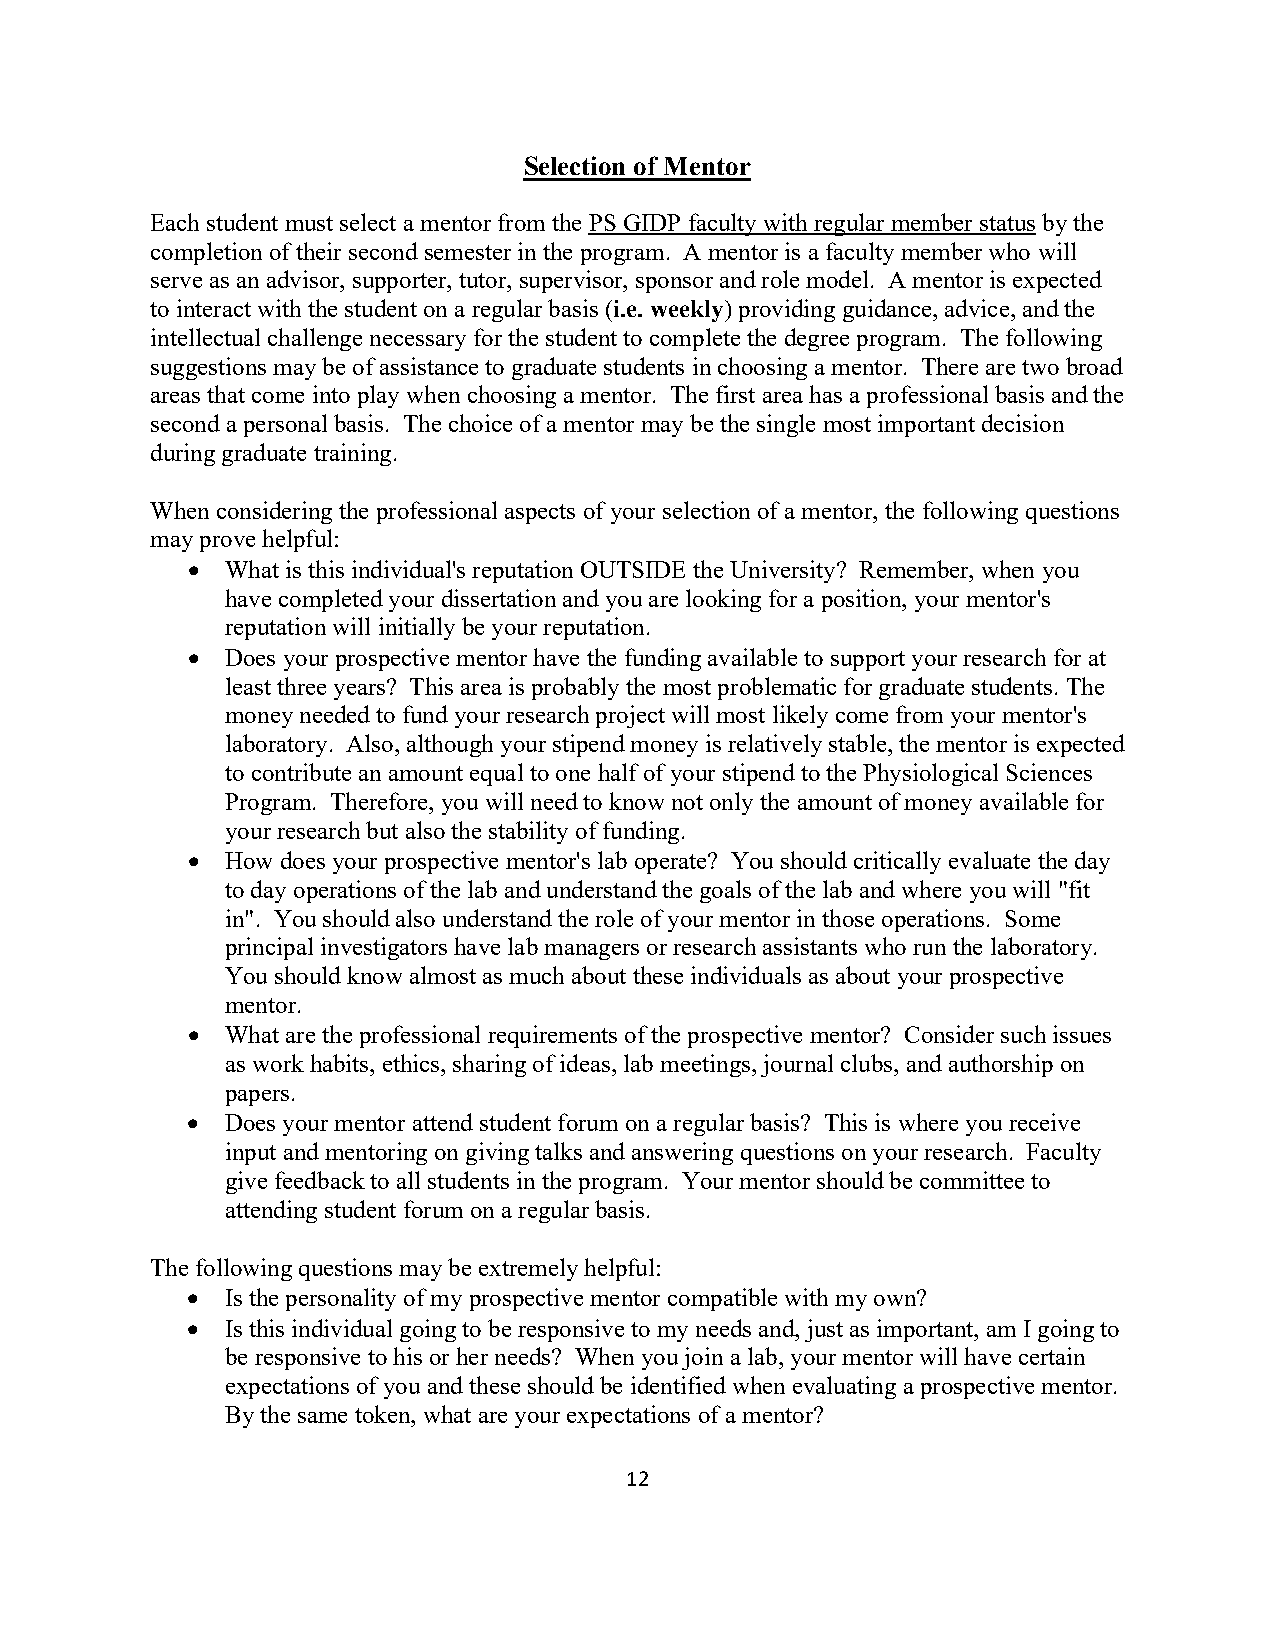
Selection of Mentor
 Each student must select a mentor from the PS GIDP faculty with regular member status by the
 completion of their second semester in the program. A mentor is a faculty member who will
 serve as an advisor, supporter, tutor, supervisor, sponsor and role model. A mentor is expected
 to interact with the student on a regular basis (i.e. weekly) providing guidance, advice, and the
 intellectual challenge necessary for the student to complete the degree program. The following
 suggestions may be of assistance to graduate students in choosing a mentor. There are two broad
 areas that come into play when choosing a mentor. The first area has a professional basis and the
 second a personal basis. The choice of a mentor may be the single most important decision
 during graduate training.
 When considering the professional aspects of your selection of a mentor, the following questions
 may prove helpful:
 •  What is this individual's reputation OUTSIDE the University? Remember, when you
 have completed your dissertation and you are looking for a position, your mentor's
 reputation will initially be your reputation.
 •  Does your prospective mentor have the funding available to support your research for at
 least three years? This area is probably the most problematic for graduate students. The
 money needed to fund your research project will most likely come from your mentor's
 laboratory. Also, although your stipend money is relatively stable, the mentor is expected
 to contribute an amount equal to one half of your stipend to the Physiological Sciences
 Program. Therefore, you will need to know not only the amount of money available for
 your research but also the stability of funding.
 •  How does your prospective mentor's lab operate? You should critically evaluate the day
 to day operations of the lab and understand the goals of the lab and where you will "fit
 in". You should also understand the role of your mentor in those operations. Some
 principal investigators have lab managers or research assistants who run the laboratory.
 You should know almost as much about these individuals as about your prospective
 mentor.
 •  What are the professional requirements of the prospective mentor? Consider such issues
 as work habits, ethics, sharing of ideas, lab meetings, journal clubs, and authorship on
 papers.
 •  Does your mentor attend student forum on a regular basis? This is where you receive
 input and mentoring on giving talks and answering questions on your research. Faculty
 give feedback to all students in the program. Your mentor should be committee to
 attending student forum on a regular basis.
 The following questions may be extremely helpful:
 •  Is the personality of my prospective mentor compatible with my own?
 •  Is this individual going to be responsive to my needs and, just as important, am I going to
 be responsive to his or her needs? When you join a lab, your mentor will have certain
 expectations of you and these should be identified when evaluating a prospective mentor.
 By the same token, what are your expectations of a mentor?
 12